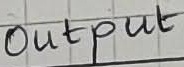
Text: Output